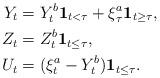
LaTeX: \begin{align*}Y_t &= Y_t^{b} \textbf{1}_{t<\tau} + \xi^a_{\tau}\textbf{1}_{t\geq\tau},\\Z_t &= Z^{b}_t \textbf{1}_{t\leq\tau},\\U_t &= (\xi^a_t-Y_t^{b}) \textbf{1}_{t\leq\tau}.\end{align*}